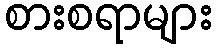
စားစရာများ